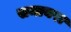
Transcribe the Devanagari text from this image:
समायरा